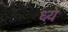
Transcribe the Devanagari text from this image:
ध्ये